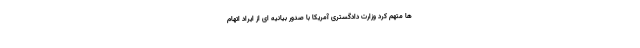
ها متهم کرد وزارت دادگستری آمریکا با صدور بیانیه ای از ایراد اتهام